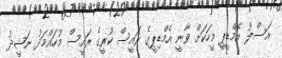
އަސްލު އެމްޑީޕީ މީހަކަށް ވާނީ އެމްޑިޕީގެ ރައީސް ކުރީގެ ރައީސް މުހައްމަދު ނަޝީދު